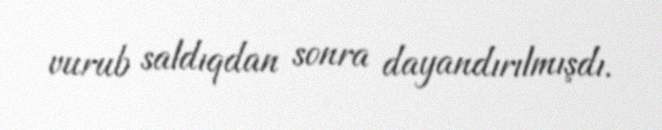
vurub saldıqdan sonra dayandırılmışdı.